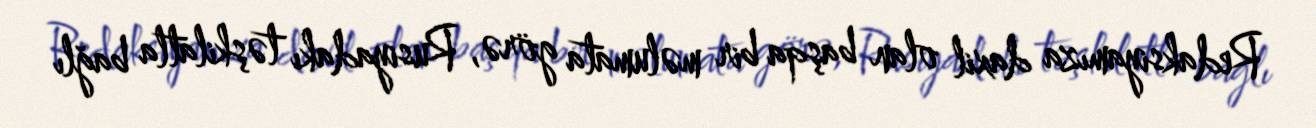
Redaksiyamıza daxil olan başqa bir məlumata görə, Rusiyadakı təşkilatla bağlı